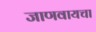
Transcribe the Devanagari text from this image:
जाणवायचा